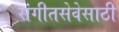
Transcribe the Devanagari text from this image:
संगीतसेवेसाठी